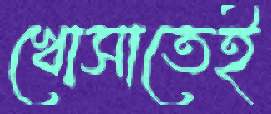
খোসাতেই